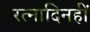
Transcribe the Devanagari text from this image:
रत्नादिनहीं